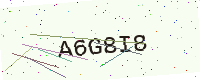
Text: A6G8I8